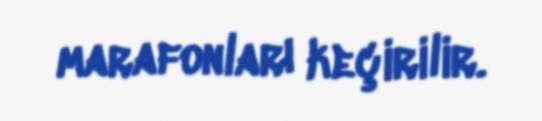
marafonları keçirilir.